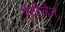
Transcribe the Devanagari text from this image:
ऐंटीजेन